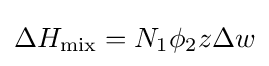
\Delta H_{\rm {mix}}=N_{1}\phi _{2}z\Delta w